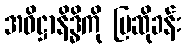
အဓိဋ္ဌာနိဒ္ဓိကို ပြဆိုခန်း